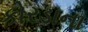
કોરડાના